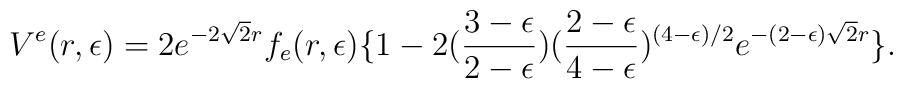
V^e(r,\epsilon)  = 2 e^{- 2 \sqrt 2 r} f_e (r,\epsilon) \{ 1- 2({3-\epsilon\over 2-\epsilon})({2-\epsilon \over 4-\epsilon})^{(4-\epsilon)/2}e^{- (2-\epsilon) \sqrt 2 r}\}.